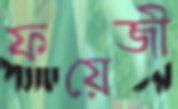
ফয়েজী